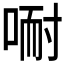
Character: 𱓗